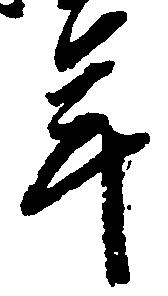
年